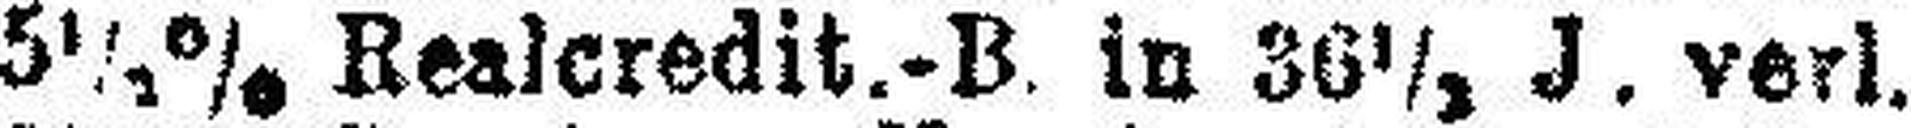
5½% Realcredit.-B. in 36½ J. verl.